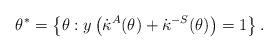
LaTeX: \begin{align*}\theta^\ast = \left\{ \theta: y\left( \dot\kappa^{A}(\theta) + \dot\kappa^{-S}(\theta) \right) =1 \right\}.\end{align*}